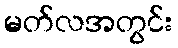
မတ်လအတွင်း